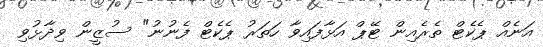
އަނެއް ޕެކެޓް ތެރެއިން ޓޭޕް އަޅާފައިވާ ހަތަރު ޕެކެޓް ފެނުނު" ސުޒީން ވިދާޅުވި